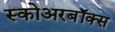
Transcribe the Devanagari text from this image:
स्कोअरबॉक्स